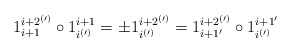
\begin{align*}1_{i+1}^{i+2^{(\prime)}}\circ 1_{i^{(\prime)}}^{i+1}= \pm1_{i^{(\prime)}}^{i+2^{(\prime)}}= 1_{i+1'}^{i+2^{(\prime)}}\circ 1_{i^{(\prime)}}^{i+1'}\end{align*}